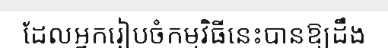
ដែលអ្នករៀបចំកម្មវិធីនេះបានឱ្យដឹង